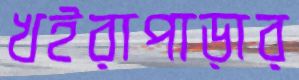
খইরাপাড়ার